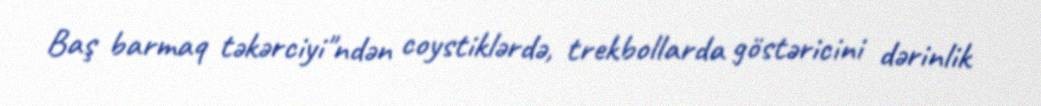
Baş barmaq təkərciyi"ndən coystiklərdə, trekbollarda göstəricini dərinlik